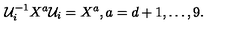
{ \cal U } _ { i } ^ { - 1 } X ^ { a } { \cal U } _ { i } = X ^ { a } , a = d + 1 , \ldots , 9 .